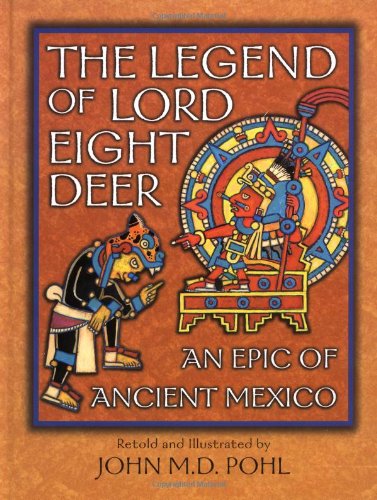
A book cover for The Legend of Lord Eight Deer: An Epic of Ancient Mexico; John M. D. Pohl; Children's Books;